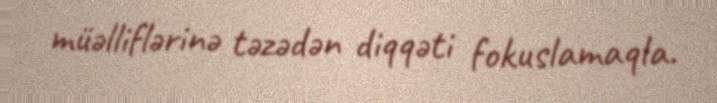
müəlliflərinə təzədən diqqəti fokuslamaqla.